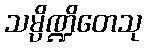
သမ္ပိဏ္ဍိတေသု